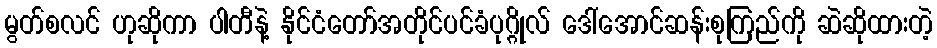
မွတ်စလင် ဟုဆိုကာ ပါတီနဲ့ နိုင်ငံတော်အတိုင်ပင်ခံပုဂ္ဂိုလ် ဒေါ်အောင်ဆန်းစုကြည်ကို ဆဲဆိုထားတဲ့